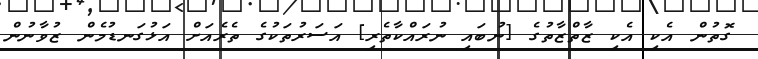
ގޮތުން އެކި އެކި ޒާތްޒާތުގެ [ނުބައި ނުރައްކާތެރި] އަސަރުތަކުގެ ތެރެއަށް އަޅުގަނޑުމެން ޒުވާނުން